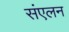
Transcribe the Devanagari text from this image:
संंएलन